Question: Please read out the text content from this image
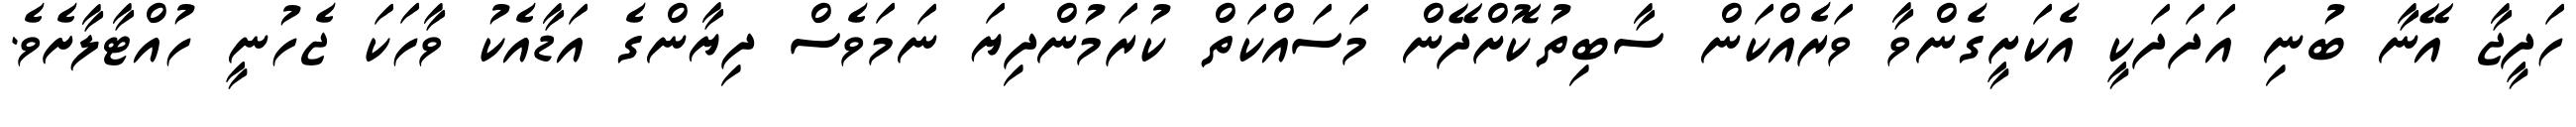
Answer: ހަދީޖާ އޭނާ ބުނި އަދަދަކީ އެކަށީގެންވާ ވަރެއްކަން ސާބިތުކޮށްދޭން މަސައްކަތް ކުރަމުންދިޔަ ނަމަވެސް ދިޔާންގެ އަޑާއެކު ވާހަކަ ޖެހުނީ ހުއްޓާލާށެވެ.